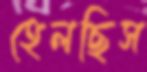
হেলছিস